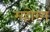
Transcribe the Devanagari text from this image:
महोरग